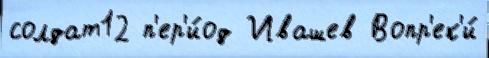
солдат12 п'ер'и́од Ивашев Вопр'ек'и́